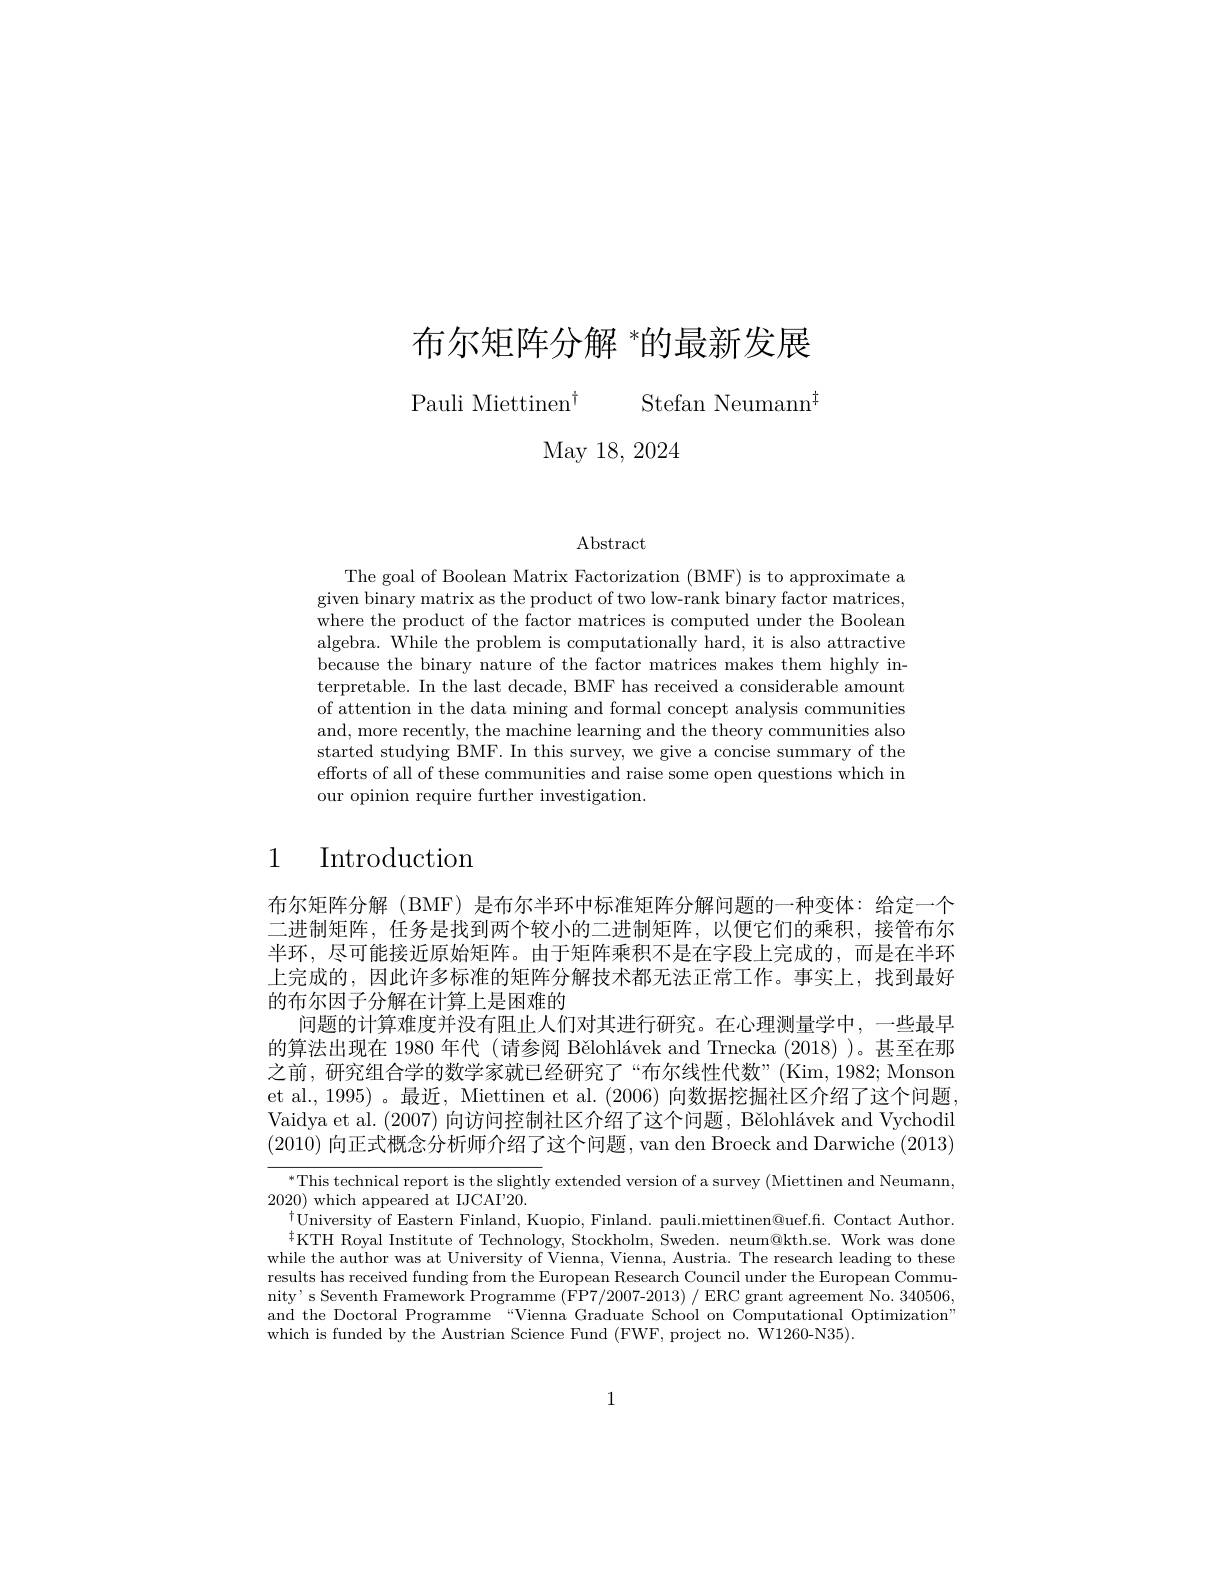
# 布尔矩阵分解 $^*$的最新发展

Pauli Miettinen$^{\dagger }$ Stefan Neumann$^{\dagger}$

May 18, 2024

Abstract

The goal of Boolean Matrix Factorization (BMF) is to approximate a given binary matrix as the product of two low-rank binary factor matrices, where the product of the factor matrices is computed under the Boolean algebra. While the problem is computationally hard, it is also attractive because the binary nature of the factor matrices makes them highly interpretable. In the last decade, BMF has received a considerable amount of attention in the data mining and formal concept analysis communities and, more recently, the machine learning and the theory communities also started studying BMF. In this survey, we give a concise summary of the efforts of all of these communities and raise some open questions which in our opinion require further investigation

# 1 Introduction

布尔矩阵分解(BMF)是布尔半环中标准矩阵分解问题的一种变体：给定一个二进制矩阵，任务是找到两个较小的二进制矩阵，以便它们的乘积，接管布尔半环，尽可能接近原始矩阵。由于矩阵乘积不是在字段上完成的，而是在半环上完成的，因此许多标准的矩阵分解技术都无法正常工作。事实上，找到最好的布尔因子分解在计算上是困难的
问题的计算难度并没有阻止人们对其进行研究。在心理测量学中，一些最早的算法出现在 1980 年代 (请参阅 Bělohlávek and Trnecka (2018) )。甚至在那之前，研究组合学的数学家就已经研究了“布尔线性代数”(Kim,1982;Monsom et al., 1995) 。最近，Miettinen et al. (2006) 向数据挖掘社区介绍了这个问题Vaidya et al. (2007)向访问控制社区介绍了这个间题，Bělohlávek and Vychodil (2010)向正式概念分析师介绍了这个问题，van den Broeck and Darwiche (2013)

$^{*}$This technical report is the slightly extended version of a survey (Miettinen and Neumann,
2020) which appeared at IJCAI'20.
$^{\dagger}$University of Eastern Finland, Kuopio, Finland. pauli.miettinen@uef.fi. Contact Author. $^{4}$KTH Royal Institute of Technology, Stockholm, Sweden. neum@kth.se. Work was done
while the author was at University of Vienna, Vienna, Austria. The research leading to these results has received funding from the European Research Council under the European Community' s Seventh Framework Programme (FP7/2007-2013) / ERC grant agreement No. 340506 and the Doctoral Programme “Vienna Graduate School on Computational Optimization which is funded by the Austrian Science Fund (FWF, project no. W1260-N35).

1